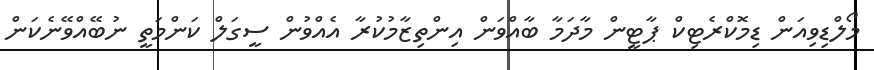
މޯލްޑިވިއަން ޑިމޮކްރެޓިކް ޕާޓީން މާދަމާ ބާއްވަން އިންތިޒާމުކުރާ އެއްވުން ސީގަލް ކަންމަތީ ނުބޭއްވޭނެކަން